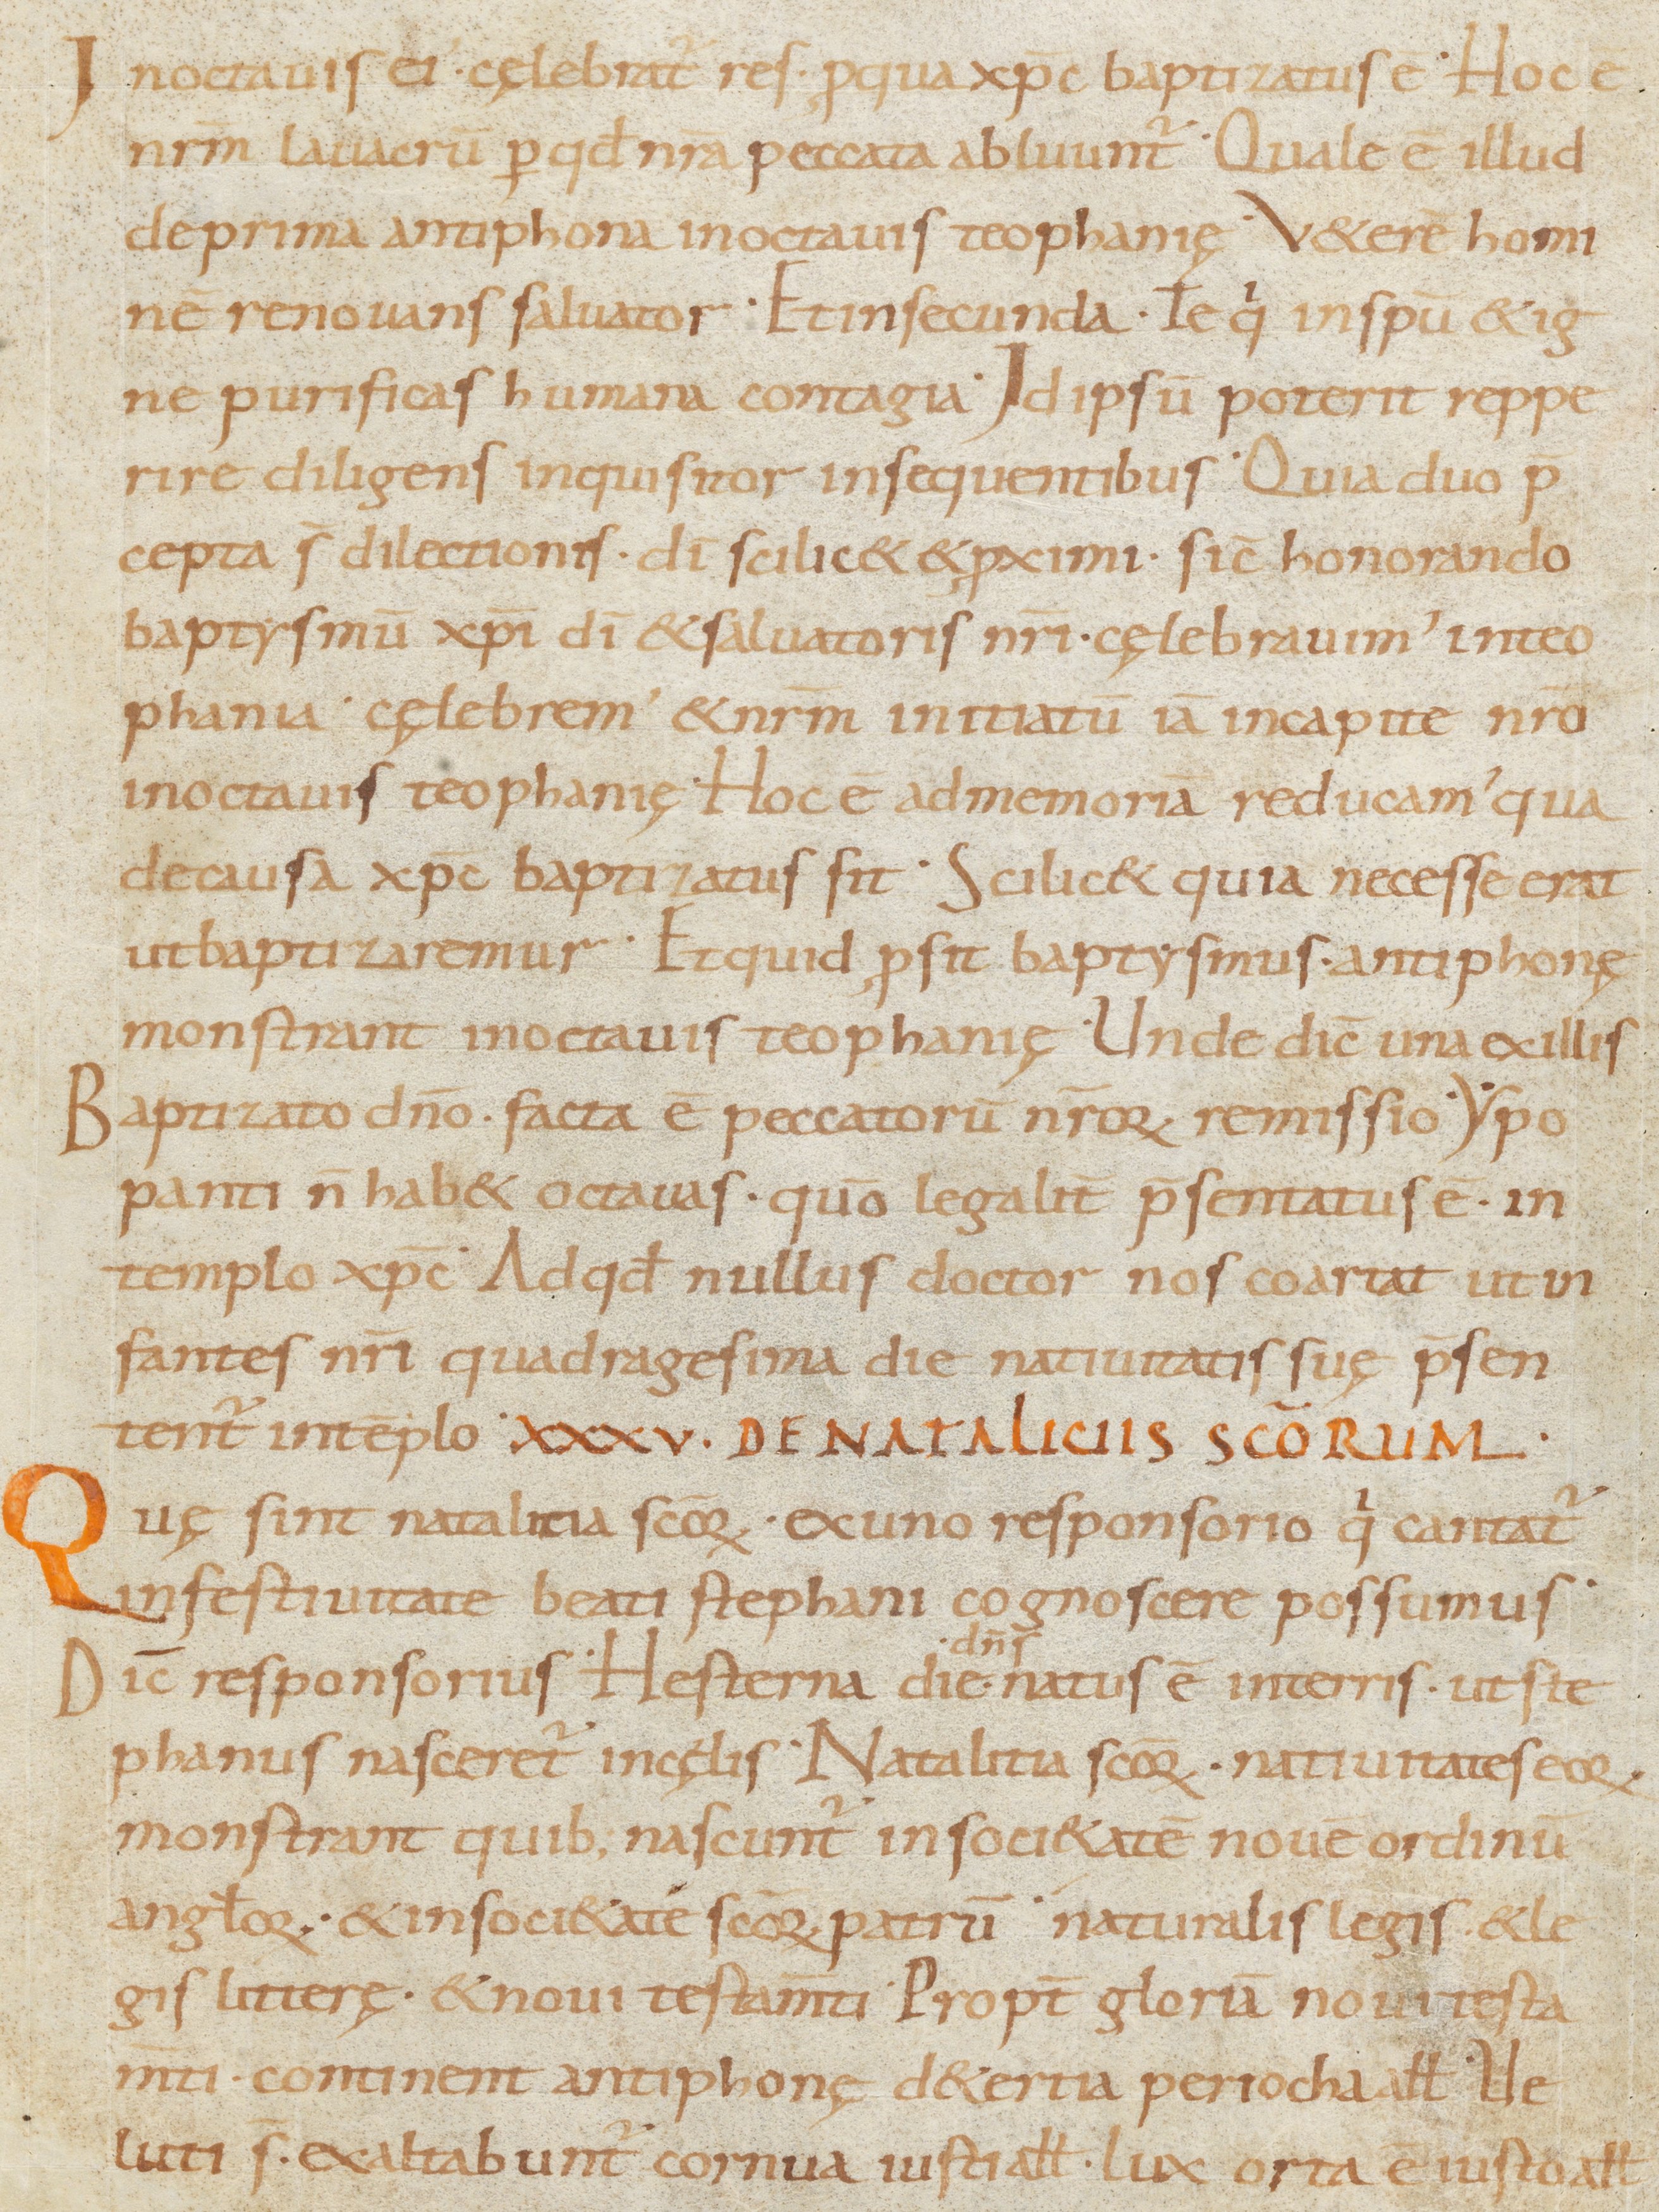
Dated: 800–899